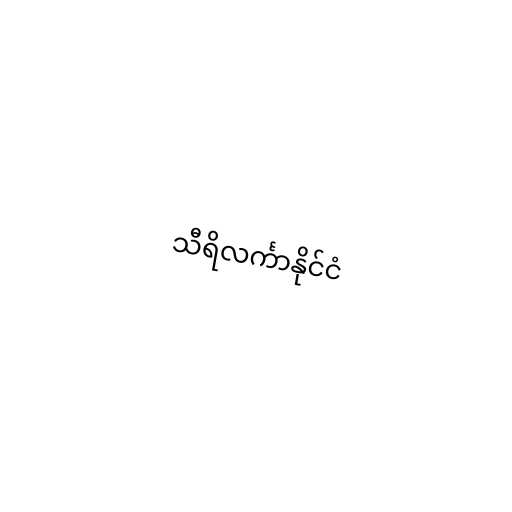
သီရိလင်္ကာနိုင်ငံ